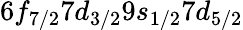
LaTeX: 6f_{7/2}7d_{3/2}9s_{1/2}7d_{5/2}